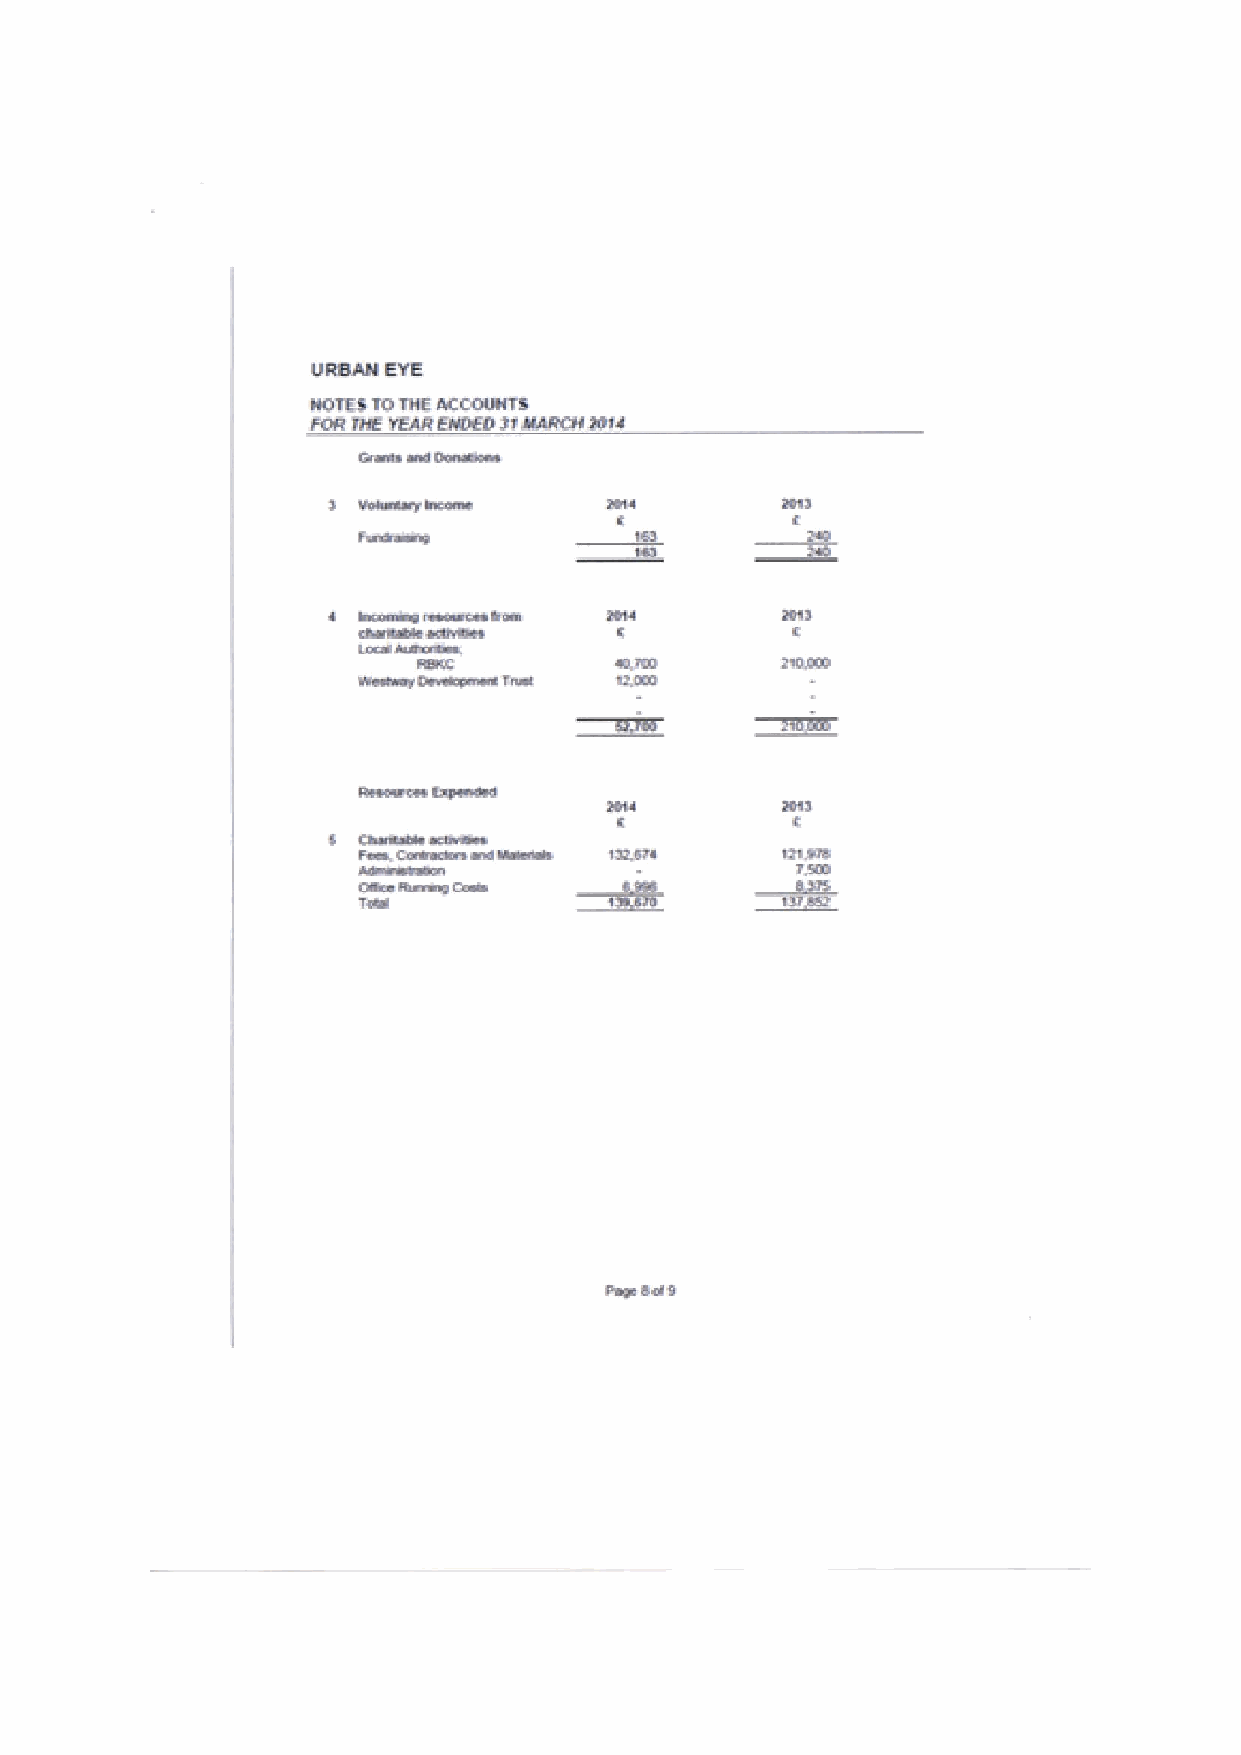
URBAN EVE
 llOTKE TO THE ACCDLMTS
 FTTR 8K TEEIESVDEDPvkltllCHP)ll
 ~
 ~
 Seaaaaas lsass
 statHtaasEvSaa
 saaslaay taaa
 ~
 ~
 peas, asaasese aaa Izt.sts
 sltsa Stasesa
 T»
 PaEsdd t